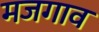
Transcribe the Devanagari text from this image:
मजगाव